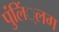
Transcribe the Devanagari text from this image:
पुंलिं्लग